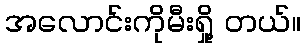
အလောင်းကိုမီးရှို့ တယ်။